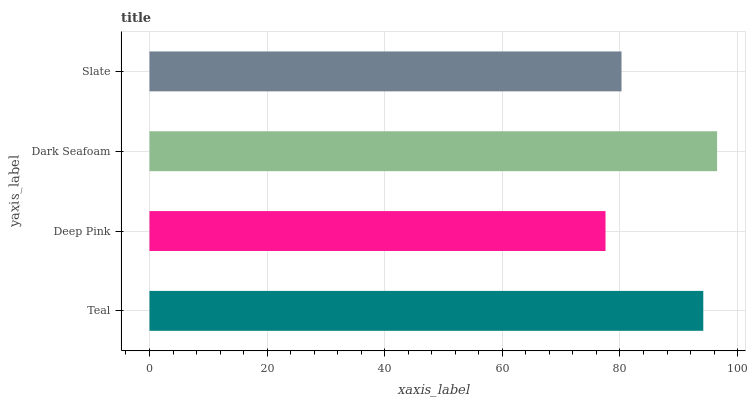
| yaxis_label | bars |
 | --- | --- |
 | Teal | 94.2 |
 | Deep Pink | 77.5 |
 | Dark Seafoam | 96.5 |
 | Slate | 80.3 |